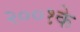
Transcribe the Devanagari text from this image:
२००१के